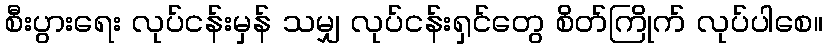
စီးပွားရေး လုပ်ငန်းမှန် သမျှ လုပ်ငန်းရှင်တွေ စိတ်ကြိုက် လုပ်ပါစေ။